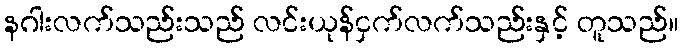
နဂါးလက်သည်းသည် လင်းယုန်ငှက်လက်သည်းနှင့် တူသည်။